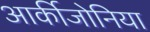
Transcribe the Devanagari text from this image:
आर्कीजोनिया